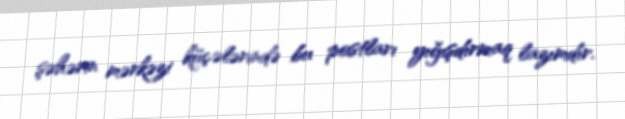
şəhərin mərkəzi küçələrində bu postları yığışdırmaq lazımdır.